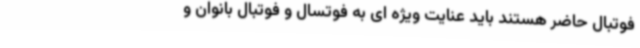
فوتبال حاضر هستند باید عنایت ویژه ای به فوتسال و فوتبال بانوان و